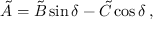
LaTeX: \tilde { A } = \tilde { B } \sin \delta - \tilde { C } \cos \delta \, ,